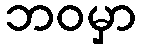
ဘဝမှာ